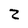
Character: 2